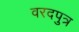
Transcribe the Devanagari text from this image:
वरदपुत्र